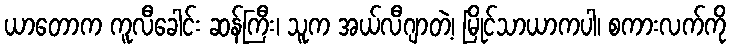
ယာတောက ကူလီခေါင်း ဆန်ကြီး၊ သူက အယ်လီဂျာတဲ့၊ မြိုင်သာယာကပါ၊ စကားလက်ကို